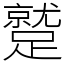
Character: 蹵